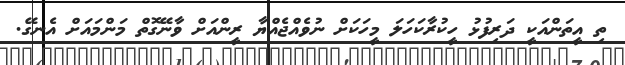
ތި އީތަންއަކީ ދަރިފުޅު ހީކުރާކަހަލަ މީހަކަށް ނުވެއްޖެއްޔާ ރީންއަށް ވާނޭގޮތް މަންމައަށް އެނގޭ.